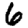
Digit: 6